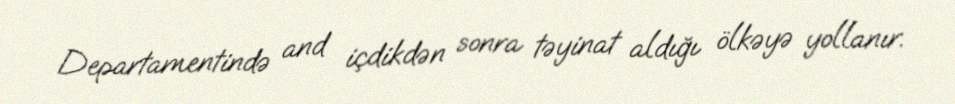
Departamentində and içdikdən sonra təyinat aldığı ölkəyə yollanır.